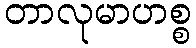
တာလုမာဟစ္စ